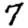
Digit: 7